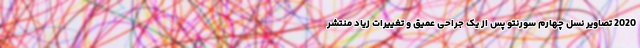
2020 تصاویر نسل چهارم سورنتو پس از یک جراحی عمیق و تغییرات زیاد منتشر